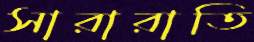
সারারাতি